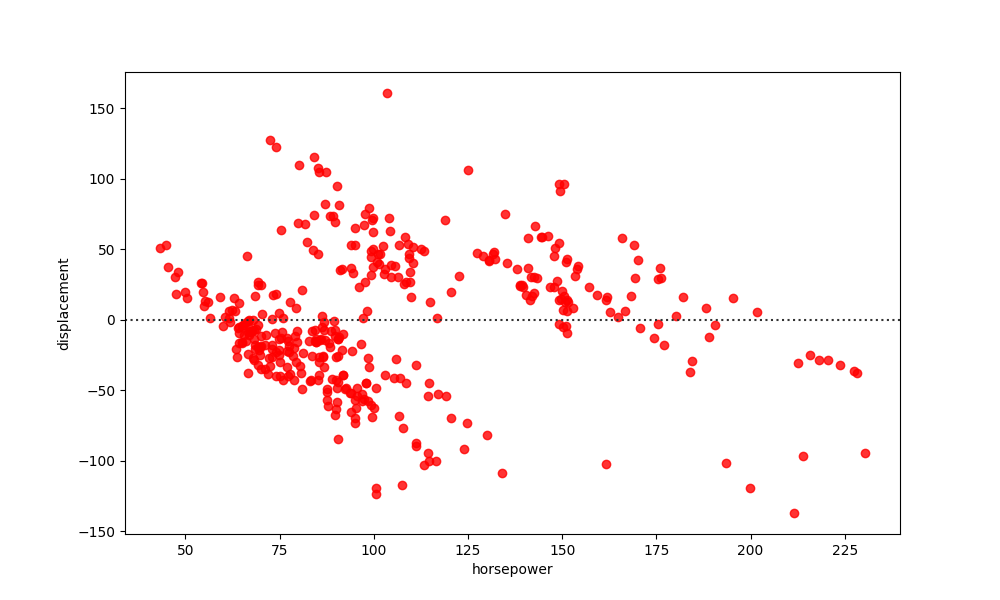
python, seaborn, residplot, lowess=False, scatter_color=red